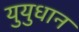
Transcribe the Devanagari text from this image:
युयुधान